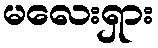
မလေးရှား